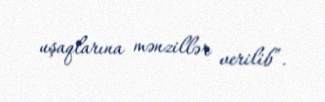
uşaqlarına mənzillər verilib”.